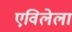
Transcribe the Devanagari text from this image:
एविलेला